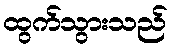
ထွက်သွားသည်